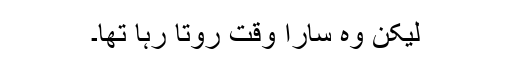
لیکن وہ سارا وقت روتا رہا تھا۔